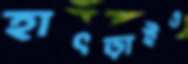
হাৎড়াইও